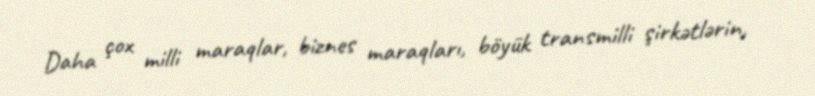
Daha çox milli maraqlar, biznes maraqları, böyük transmilli şirkətlərin,